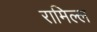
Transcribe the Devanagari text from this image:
रामिल्ल